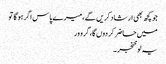
جو کچھ بھی ارشاد کریں گے، میرے پاس اگر ہو گا تو
میں حاضر کر دوں گا، گرو ور
یہ لو خنجر ۔